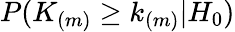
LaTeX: P(K_{(m)}\geq k_{(m)}|H_{0})